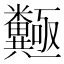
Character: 𱹩